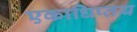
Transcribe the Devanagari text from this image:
एकाधिप्तय